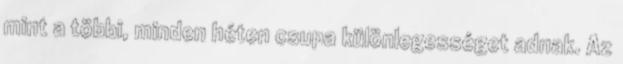
mint a többi, minden héten csupa különlegességet adnak. Az